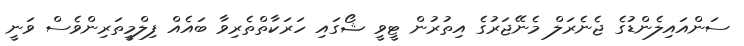
ސަންއައިލެންޑުގެ ޖެނެރަލް މެނޭޖަރުގެ އިތުރުން ޓީވީ ޝޯގައި ހަރަކާތްތެރިވާ ބައެއް ފިލްމީތަރިންވެސް ވަނީ